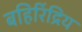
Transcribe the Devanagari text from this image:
बहिरिंद्रिय